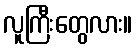
လူကြီးတွေလား။